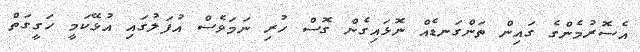
އެސޮރުމެންގެ ގައިން ތަންގަނޑެއް ނޮޅައިގެން ގޮސް ހުރި ނަމަވެސް އުފަލުގައި އުޅޭކަމީ ހަގީގަތް